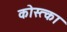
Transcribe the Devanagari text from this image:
कोस्त्का